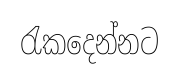
රැකදෙන්නට